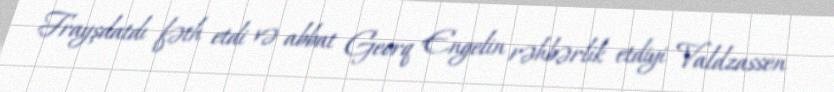
Frayşdatdı fəth etdi və abbat Georq Engelin rəhbərlik etdiyi Valdzassen